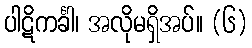
ပါဋိကင်္ခါ၊ အလိုမရှိအပ်။ (၆)